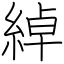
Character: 綽